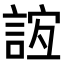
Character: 𧧼